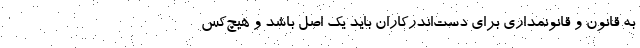
به قانون و قانونمداری برای دست‌اندرکاران باید یک اصل باشد و هیچ‌کس